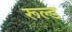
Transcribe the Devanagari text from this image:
रूल्ड